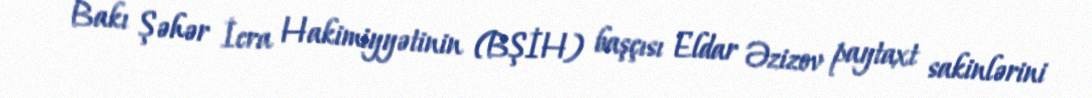
Bakı Şəhər İcra Hakimiyyətinin (BŞİH) başçısı Eldar Əzizov paytaxt sakinlərini